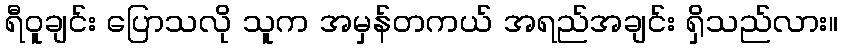
ရီဝူချင်း ပြောသလို သူက အမှန်တကယ် အရည်အချင်း ရှိသည်လား။